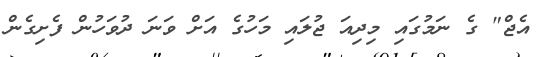
އެޖް" ގެ ނަމުގައި މިދިއަ ޖުލައި މަހުގެ އަށް ވަނަ ދުވަހުން ފެށިގެން